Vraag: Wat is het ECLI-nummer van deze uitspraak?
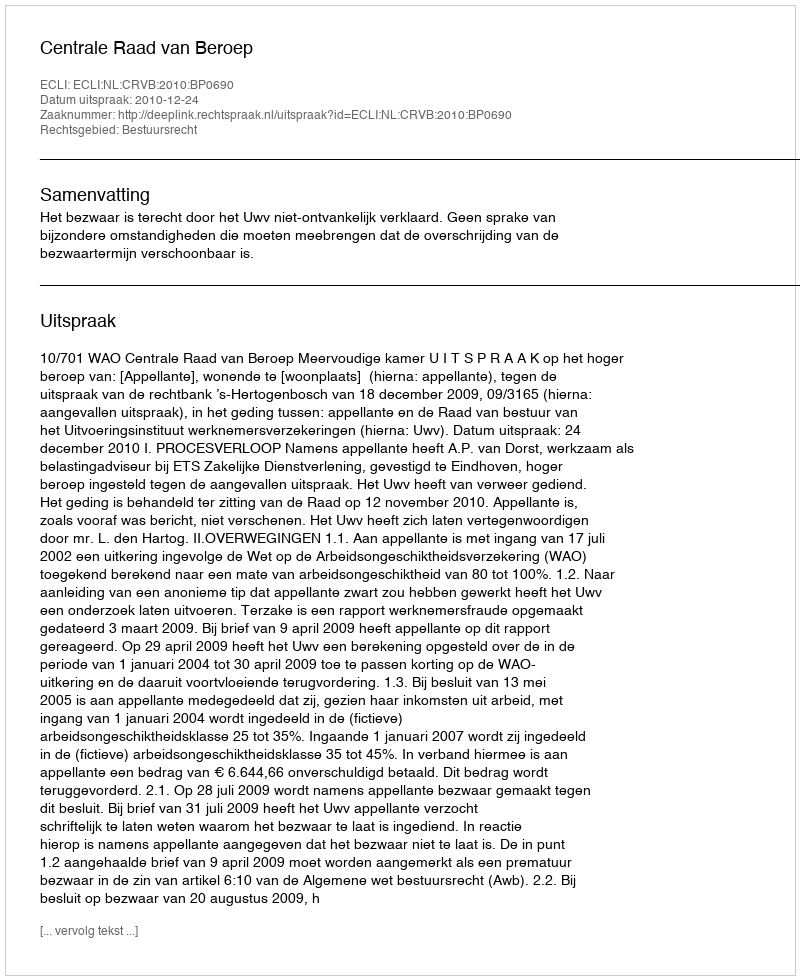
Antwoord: ECLI:NL:CRVB:2010:BP0690